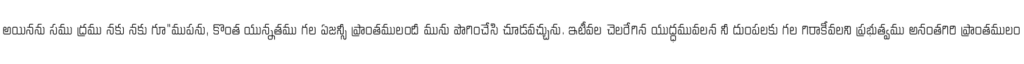
అయినను సము ద్రము నకు నకు గూ"ముపను, కొంత యున్నతము గల ఏజన్సీ ప్రాంతములందీ మును పొగించేసి చూడవచ్చును. ఇటీవల చెలరేగిన యుద్ధమువలన నీ దుంపలకు గల గిరాకీవలని ప్రభుత్వము అనంతగిరి ప్రాంతములం